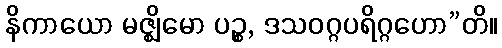
နိကာယော မဇ္ဈိမော ပဉ္စ, ဒသဝဂ္ဂပရိဂ္ဂဟော”တိ။